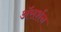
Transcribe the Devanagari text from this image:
अॅसर्शन